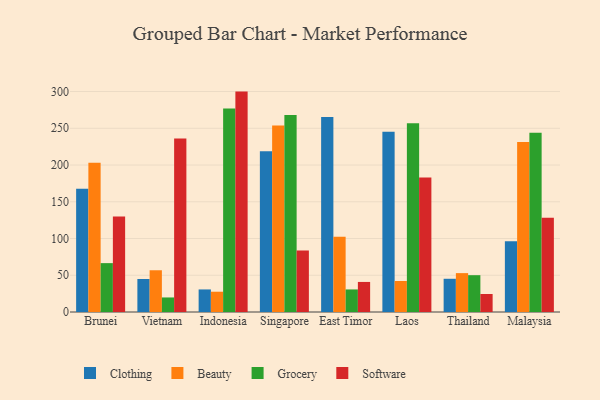
{"axis": {"x": "Country", "y": "Operating Costs (USD K)"}, "legend": ["Beauty", "Clothing", "Grocery", "Software"], "data": [{"x": "Brunei", "y": 167.8, "type": "Clothing"}, {"x": "Brunei", "y": 203.0, "type": "Beauty"}, {"x": "Brunei", "y": 66.5, "type": "Grocery"}, {"x": "Brunei", "y": 129.9, "type": "Software"}, {"x": "Vietnam", "y": 44.9, "type": "Clothing"}, {"x": "Vietnam", "y": 56.8, "type": "Beauty"}, {"x": "Vietnam", "y": 19.8, "type": "Grocery"}, {"x": "Vietnam", "y": 236.0, "type": "Software"}, {"x": "Indonesia", "y": 30.7, "type": "Clothing"}, {"x": "Indonesia", "y": 27.6, "type": "Beauty"}, {"x": "Indonesia", "y": 276.9, "type": "Grocery"}, {"x": "Indonesia", "y": 299.9, "type": "Software"}, {"x": "Singapore", "y": 218.9, "type": "Clothing"}, {"x": "Singapore", "y": 253.9, "type": "Beauty"}, {"x": "Singapore", "y": 268.0, "type": "Grocery"}, {"x": "Singapore", "y": 83.7, "type": "Software"}, {"x": "East Timor", "y": 265.2, "type": "Clothing"}, {"x": "East Timor", "y": 102.5, "type": "Beauty"}, {"x": "East Timor", "y": 30.7, "type": "Grocery"}, {"x": "East Timor", "y": 40.9, "type": "Software"}, {"x": "Laos", "y": 245.3, "type": "Clothing"}, {"x": "Laos", "y": 42.2, "type": "Beauty"}, {"x": "Laos", "y": 256.8, "type": "Grocery"}, {"x": "Laos", "y": 183.0, "type": "Software"}, {"x": "Thailand", "y": 45.2, "type": "Clothing"}, {"x": "Thailand", "y": 52.9, "type": "Beauty"}, {"x": "Thailand", "y": 50.1, "type": "Grocery"}, {"x": "Thailand", "y": 24.5, "type": "Software"}, {"x": "Malaysia", "y": 96.3, "type": "Clothing"}, {"x": "Malaysia", "y": 231.3, "type": "Beauty"}, {"x": "Malaysia", "y": 243.9, "type": "Grocery"}, {"x": "Malaysia", "y": 128.4, "type": "Software"}]}